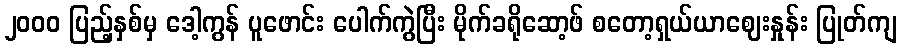
၂၀၀၀ ပြည့်နှစ်မှ ဒေါ့ကွန် ပူဖောင်း ပေါက်ကွဲပြီး မိုက်ခရိုဆော့ဖ် စတော့ရှယ်ယာဈေးနှုန်း ပြုတ်ကျ